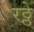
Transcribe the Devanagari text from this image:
रठ्ठे